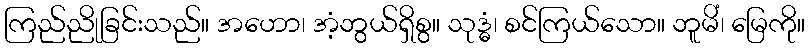
ကြည်ညိုခြင်းသည်။ အဟော၊ အံ့ဘွယ်ရှိစွ။ သုဒ္ဓံ၊ စင်ကြယ်သော။ ဘူမိံ၊ မြေကို။